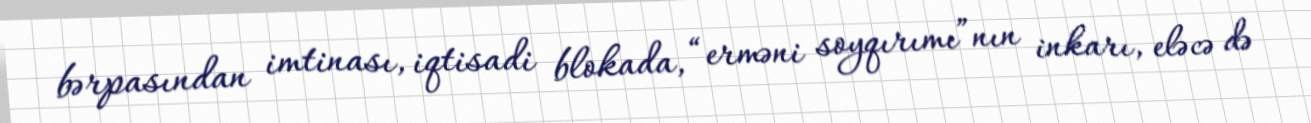
bərpasından imtinası, iqtisadi blokada, “erməni soyqırımı”nın inkarı, eləcə də